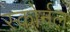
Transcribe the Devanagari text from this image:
स्कोर्नल